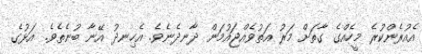
އެއުރެންކުރެ މީހެއްގެ ގާތަށް މަރު އަތުވެއްޖައުމަން ދާނދެނެވެ. އެހިނދު އޭނާ ބުނެތެވެ. އަޅުގެ